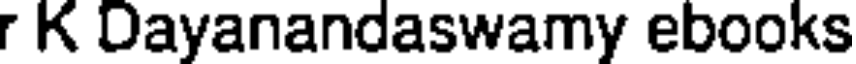
r K Dayanandaswamy ebooks